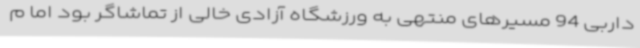
داربی 94 مسیرهای منتهی به ورزشگاه آزادی خالی از تماشاگر بود اما م